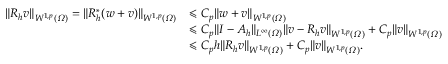
\begin{array} { r l } { \| R _ { h } v \| _ { W ^ { 1 , p } ( \varOmega ) } = \| R _ { h } ^ { * } ( w + v ) \| _ { W ^ { 1 , p } ( \varOmega ) } } & { \leqslant C _ { p } \| w + v \| _ { W ^ { 1 , p } ( \varOmega ) } } \\ & { \leqslant C _ { p } \| I - A _ { h } \| _ { L ^ { \infty } ( \varOmega ) } \| v - R _ { h } v \| _ { W ^ { 1 , p } ( \varOmega ) } + C _ { p } \| v \| _ { W ^ { 1 , p } ( \varOmega ) } } \\ & { \leqslant C _ { p } h \| R _ { h } v \| _ { W ^ { 1 , p } ( \varOmega ) } + C _ { p } \| v \| _ { W ^ { 1 , p } ( \varOmega ) } . } \end{array}